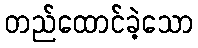
တည်ထောင်ခဲ့သော